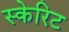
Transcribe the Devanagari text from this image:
स्केरिट